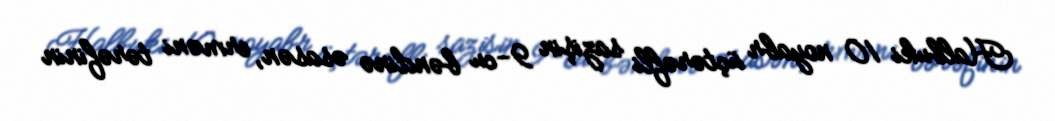
Halbuki 10 noyabr üçtərəfli sazişin 9-cu bəndinə əsasən, erməni tərəfinin